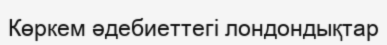
Көркем әдебиеттегі лондондықтар